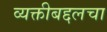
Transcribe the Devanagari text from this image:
व्यक्तीबद्दलचा